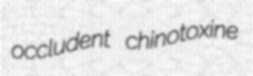
occludent chinotoxine